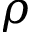
\rho